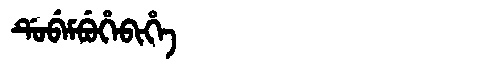
Manchu: ᡩᡠᠪᡝᠮᠪᡠᡥᡝᠪᡳᡥᡝ
Romanization: DUBEMBUHEBIHE